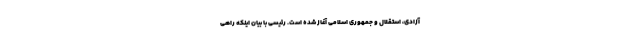
آزادی، استقلال و جمهوری اسلامی آغاز شده است. رئیسی با بیان اینکه راهی